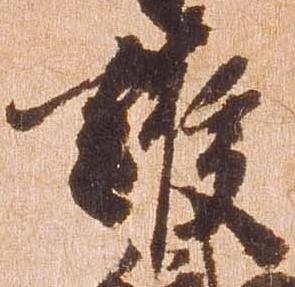
護